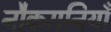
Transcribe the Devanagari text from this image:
नौकरानियाँ